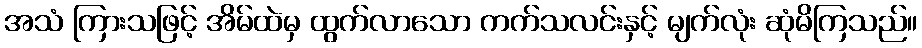
အသံ ကြားသဖြင့် အိမ်ထဲမှ ထွက်လာသော ကက်သလင်းနှင့် မျက်လုံး ဆုံမိကြသည်။